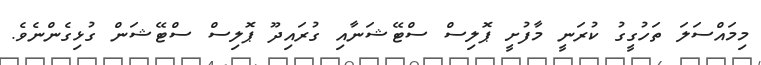
މިމައްސަލަ ތަހުގީގު ކުރަނީ މާފުށީ ޕޮލިސް ސްޓޭޝަނާއި ގުރައިދޫ ޕޮލިސް ސްޓޭޝަން ގުޅިގެންނެވެ.